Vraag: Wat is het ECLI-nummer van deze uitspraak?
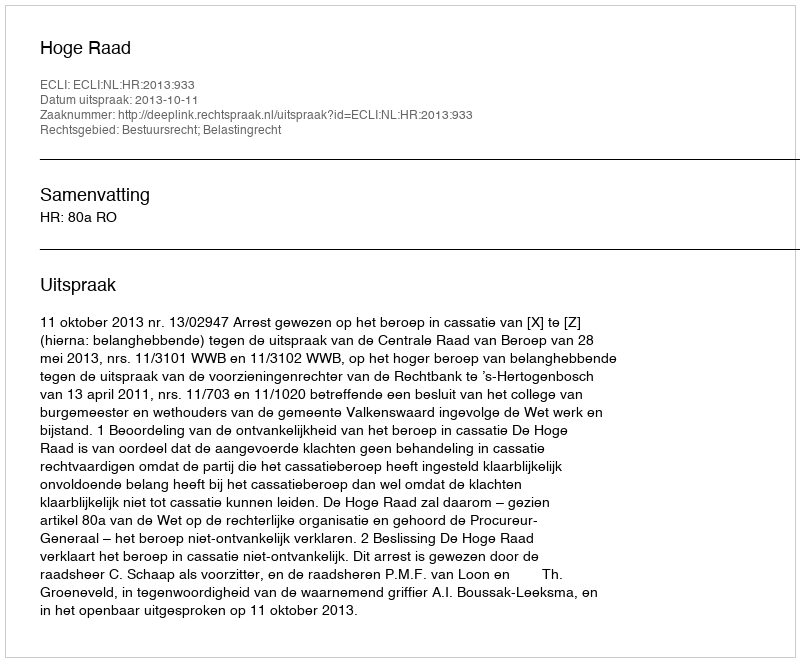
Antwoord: ECLI:NL:HR:2013:933